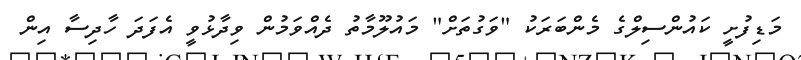
މަޑިފުށީ ކައުންސިލްގެ މެންބަރަކު "ވަގުތަށް" މައުލޫމާތު ދެއްވަމުން ވިދާޅުވީ އެފަދަ ހާދިސާ އިން